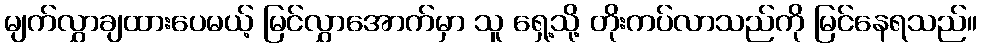
မျက်လွှာချထားပေမယ့် မြင်လွှာအောက်မှာ သူ ရှေ့သို့ တိုးကပ်လာသည်ကို မြင်နေရသည်။